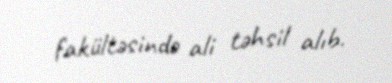
fakültəsində ali təhsil alıb.